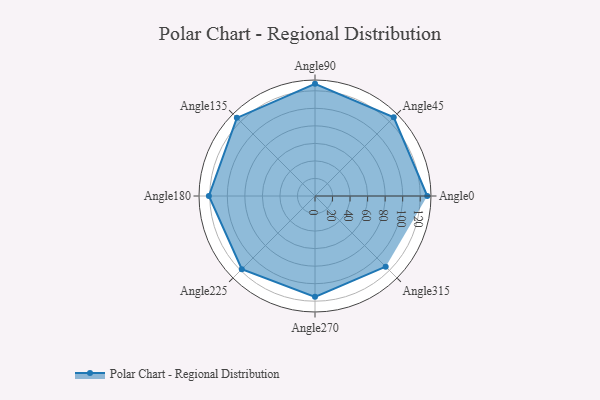
{"axis": {"x": "Angle", "y": "Radius"}, "legend": [""], "data": [{"x": "Angle0", "y": 128.0, "type": ""}, {"x": "Angle45", "y": 127.0, "type": ""}, {"x": "Angle90", "y": 128.0, "type": ""}, {"x": "Angle135", "y": 126.0, "type": ""}, {"x": "Angle180", "y": 121.0, "type": ""}, {"x": "Angle225", "y": 118.0, "type": ""}, {"x": "Angle270", "y": 115.0, "type": ""}, {"x": "Angle315", "y": 114.0, "type": ""}]}